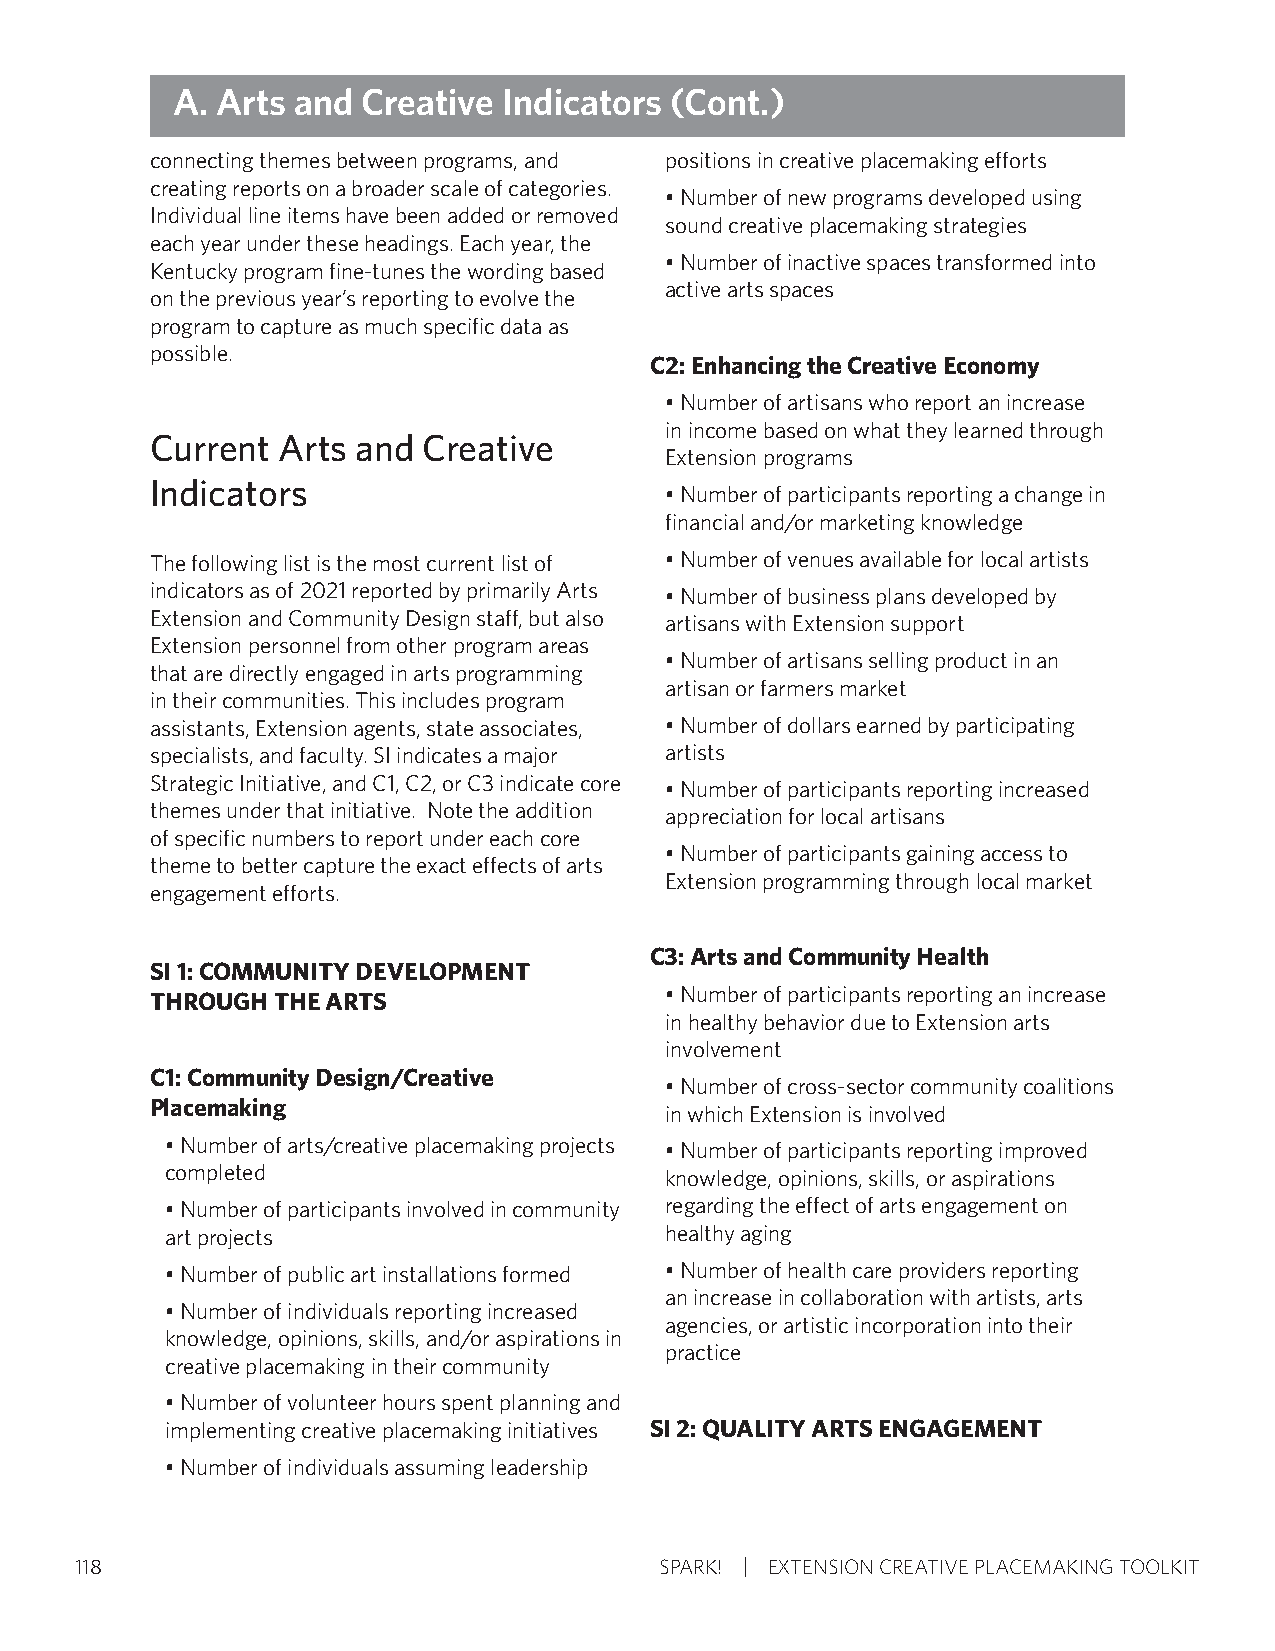
A. Arts and  Creative Indicators (Cont.)
 connecting themes between programs, and positions in creative placemaking efforts
 creating reports on a broader scale of categories.
 • Number of new programs developed using
 Individual line items have been added or removed
 sound creative placemaking strategies
 each year under these headings. Each year, the
 • Number of inactive spaces transformed into
 Kentucky program fine-tunes the wording based
 active arts spaces
 on the previous year’s reporting to evolve the
 program to capture as much specific data as
 possible.
 C2: Enhancing the Creative Economy
 • Number of artisans who report an increase
 in income based on what they learned through
 Current Arts  and Creative
 Extension programs
 Indicators
 • Number of participants reporting a change in
 financial and/or marketing knowledge
 The following list is the most current list of • Number of venues available for local artists
 indicators as of 2021 reported by primarily Arts • Number of business plans developed by
 Extension and Community Design staff, but also artisans with Extension support
 Extension personnel from other program areas
 • Number of artisans selling product in an
 that are directly engaged in arts programming
 artisan or farmers market
 in their communities. This includes program
 assistants, Extension agents, state associates, • Number of dollars earned by participating
 specialists, and faculty. SI indicates a major artists
 Strategic Initiative, and C1, C2, or C3 indicate core • Number of participants reporting increased
 themes under that initiative. Note the addition appreciation for local artisans
 of specific numbers to report under each core
 • Number of participants gaining access to
 theme to better capture the exact effects of arts
 Extension programming through local market
 engagement efforts.
 C3: Arts and Community Health
 SI 1: COMMUNITY DEVELOPMENT
 THROUGH THE ARTS                  • Number of participants reporting an increase
 in healthy behavior due to Extension arts
 involvement
 C1: Community Design/Creative
 • Number of cross-sector community coalitions
 Placemaking
 in which Extension is involved
 • Number of arts/creative placemaking projects • Number of participants reporting improved
 completed                        knowledge, opinions, skills, or aspirations
 • Number of participants involved in community regarding the effect of arts engagement on
 art projects                     healthy aging
 • Number of public art installations formed • Number of health care providers reporting
 an increase in collaboration with artists, arts
 • Number of individuals reporting increased
 agencies, or artistic incorporation into their
 knowledge, opinions, skills, and/or aspirations in
 practice
 creative placemaking in their community
 • Number of volunteer hours spent planning and
 implementing creative placemaking initiatives SI 2: QUALITY ARTS ENGAGEMENT
 • Number of individuals assuming leadership
 118                                    SPARK! EXTENSION CREATIVE PLACEMAKING TOOLKIT